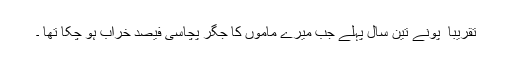
تقریبا ً پونے تین سال پہلے جب میرے ماموں کا جگر پچاسی فیصد خراب ہو چکا تھا ۔